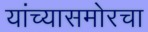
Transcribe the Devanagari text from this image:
यांच्यासमोरचा